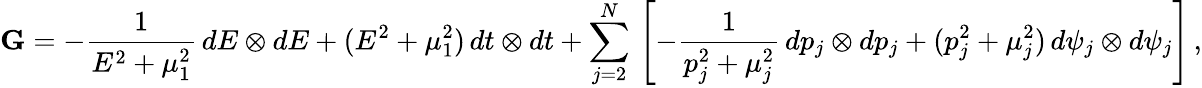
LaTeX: \mathbf{G}=-\frac{1}{E^{2}+\mu_{1}^{2}}\, dE\otimes dE+(E^{2}+\mu_{1}^{2})\, dt\otimes dt+\sum_{j=2}^{N}\, \left[-\frac{1}{p_{j}^{2}+\mu_{j}^{2}}\, dp_{j}\otimes dp_{j}+(p_{j}^{2}+\mu_{j}^{2})\, d\psi_{j}\otimes d\psi_{j}\right]\, ,